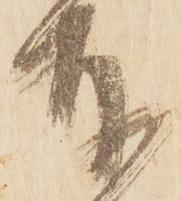
奉